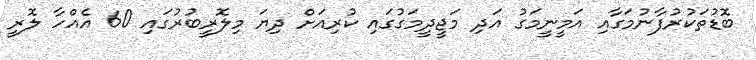
ބޮޑުތަކުރުފާނުމަގާއި އަމީނީމަގު އަދި މަޖީދީމަގުގައި ކުރިއަށް ދިޔަ މިލޮރީބުރުގައި 60 އެއްހާ ލޮރީ